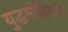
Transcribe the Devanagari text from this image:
युद्धमोहिमांत